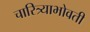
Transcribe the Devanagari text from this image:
चारित्र्याभोवती